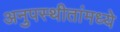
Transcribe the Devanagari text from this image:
अनुपस्थीतांमध्ये